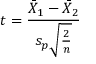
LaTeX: t = { \frac { { \bar { X } } _ { 1 } - { \bar { X } } _ { 2 } } { s _ { p } { \sqrt { \frac { 2 } { n } } } } }